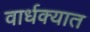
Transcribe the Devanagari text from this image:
वार्धक्यात